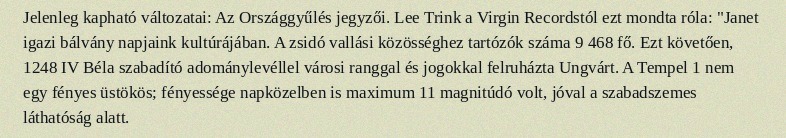
Jelenleg kapható változatai: Az Országgyűlés jegyzői. Lee Trink a Virgin Recordstól ezt mondta róla: "Janet igazi bálvány napjaink kultúrájában. A zsidó vallási közösséghez tartózók száma 9 468 fő. Ezt követően, 1248 IV Béla szabadító adománylevéllel városi ranggal és jogokkal felruházta Ungvárt. A Tempel 1 nem egy fényes üstökös; fényessége napközelben is maximum 11 magnitúdó volt, jóval a szabadszemes láthatóság alatt.